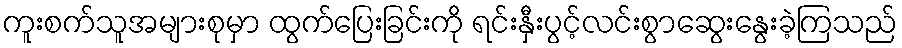
ကူးစက်သူအများစုမှာ ထွက်ပြေးခြင်းကို ရင်းနှီးပွင့်လင်းစွာဆွေးနွေးခဲ့ကြသည်